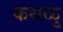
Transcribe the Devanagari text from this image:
कथळु